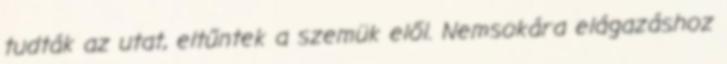
tudták az utat, eltűntek a szemük elől. Nemsokára elágazáshoz